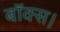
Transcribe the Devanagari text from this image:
बॉक्स।